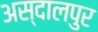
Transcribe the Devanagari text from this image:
अस्दालपुर